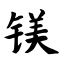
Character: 镁